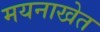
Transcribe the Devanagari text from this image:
मयनाखेत